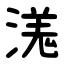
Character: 溬